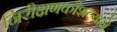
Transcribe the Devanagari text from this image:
निरीक्षणकौशल्याने